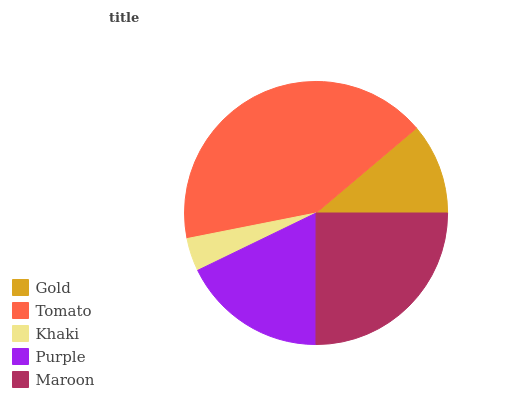
| Gold | Tomato | Khaki | Purple | Maroon |
 | --- | --- | --- | --- | --- |
 | 11.2% | 42% | 4.07% | 17.8% | 25% |